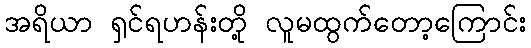
အရိယာ ရှင်ရဟန်းတို့ လူမထွက်တော့ကြောင်း